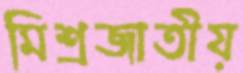
মিশ্রজাতীয়